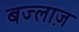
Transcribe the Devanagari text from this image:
बज्लाज़